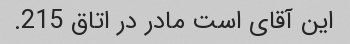
این آقای است مادر در اتاق 215.